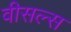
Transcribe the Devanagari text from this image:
वीसल्स